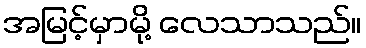
အမြင့်မှာမို့ လေသာသည်။